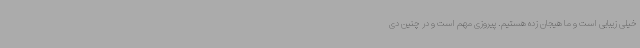
خیلی زیبایی است و ما هیجان زده هستیم. پیروزی مهم است و در چنین دی